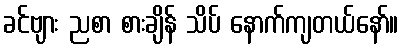
ခင်ဗျား ညစာ စားချိန် သိပ် နောက်ကျတယ်နော်။